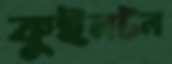
কুইনটন